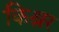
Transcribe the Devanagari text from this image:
किश्नर